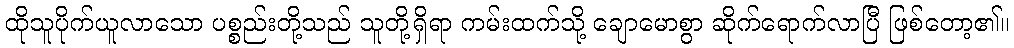
ထိုသူပိုက်ယူလာသော ပစ္စည်းတို့သည် သူတို့ရှိရာ ကမ်းထက်သို့ ချောမောစွာ ဆိုက်ရောက်လာပြီ ဖြစ်တော့၏။